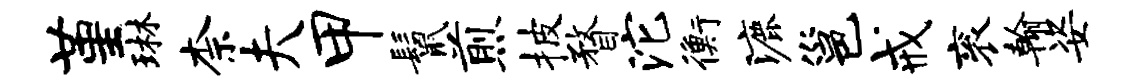
堇琳柰夫甲鬣煎披瞀沱衡漉邕戒衮翰姿